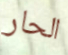
الحار